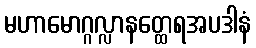
မဟာမောဂ္ဂလ္လာနတ္ထေရအပဒါနံ